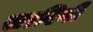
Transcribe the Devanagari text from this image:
सफ़ीवी